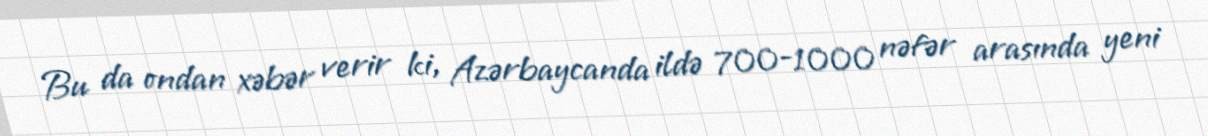
Bu da ondan xəbər verir ki, Azərbaycanda ildə 700-1000 nəfər arasında yeni